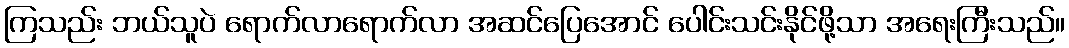
ကြသည်း ဘယ်သူပဲ ရောက်လာရောက်လာ အဆင်ပြေအောင် ပေါင်းသင်းနိုင်ဖို့သာ အရေးကြီးသည်။